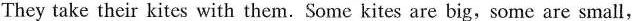
They take their kites with them. Some kites are big,some are small,